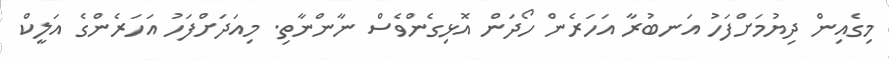
މިގެއިން ދިޔުމަށްފަހު އަނބުރާ އަހަރެން ހޯދަން އޮޅިގެންވެސް ނާންނާތި. މިއަދަށްފަހު އަހަރެންގެ އަލީކް